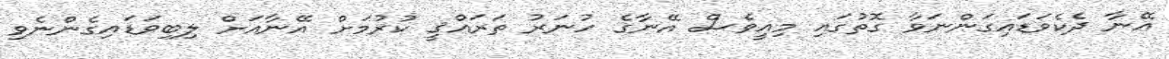
އޭނާ ދެކެވަޑައިގަންނަވާ ގޮތުގައި މިއީވެސް އޭނާގެ ހުނަރު ތަރައްޤީ ކުރުމަށް އޭނާއަށް ލިބިވަޑައިގެންނެވި